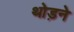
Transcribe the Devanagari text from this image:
थोड़ने